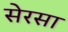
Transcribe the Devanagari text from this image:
सेरसा